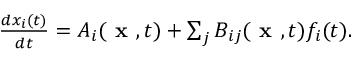
\begin{array} { r } { \frac { d x _ { i } ( t ) } { d t } = A _ { i } ( \textbf { x } , t ) + \sum _ { j } B _ { i j } ( \textbf { x } , t ) f _ { i } ( t ) . } \end{array}